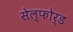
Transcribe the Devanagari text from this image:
सेल्फोर्ड